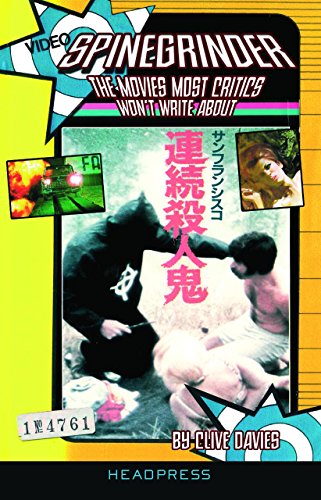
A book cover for Spinegrinder: The Movies Most Critics Won't Write About; Clive Davies; Humor & Entertainment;